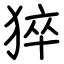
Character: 猝